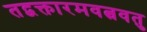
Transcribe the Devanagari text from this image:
तद्वक्तारमवत्ववतु